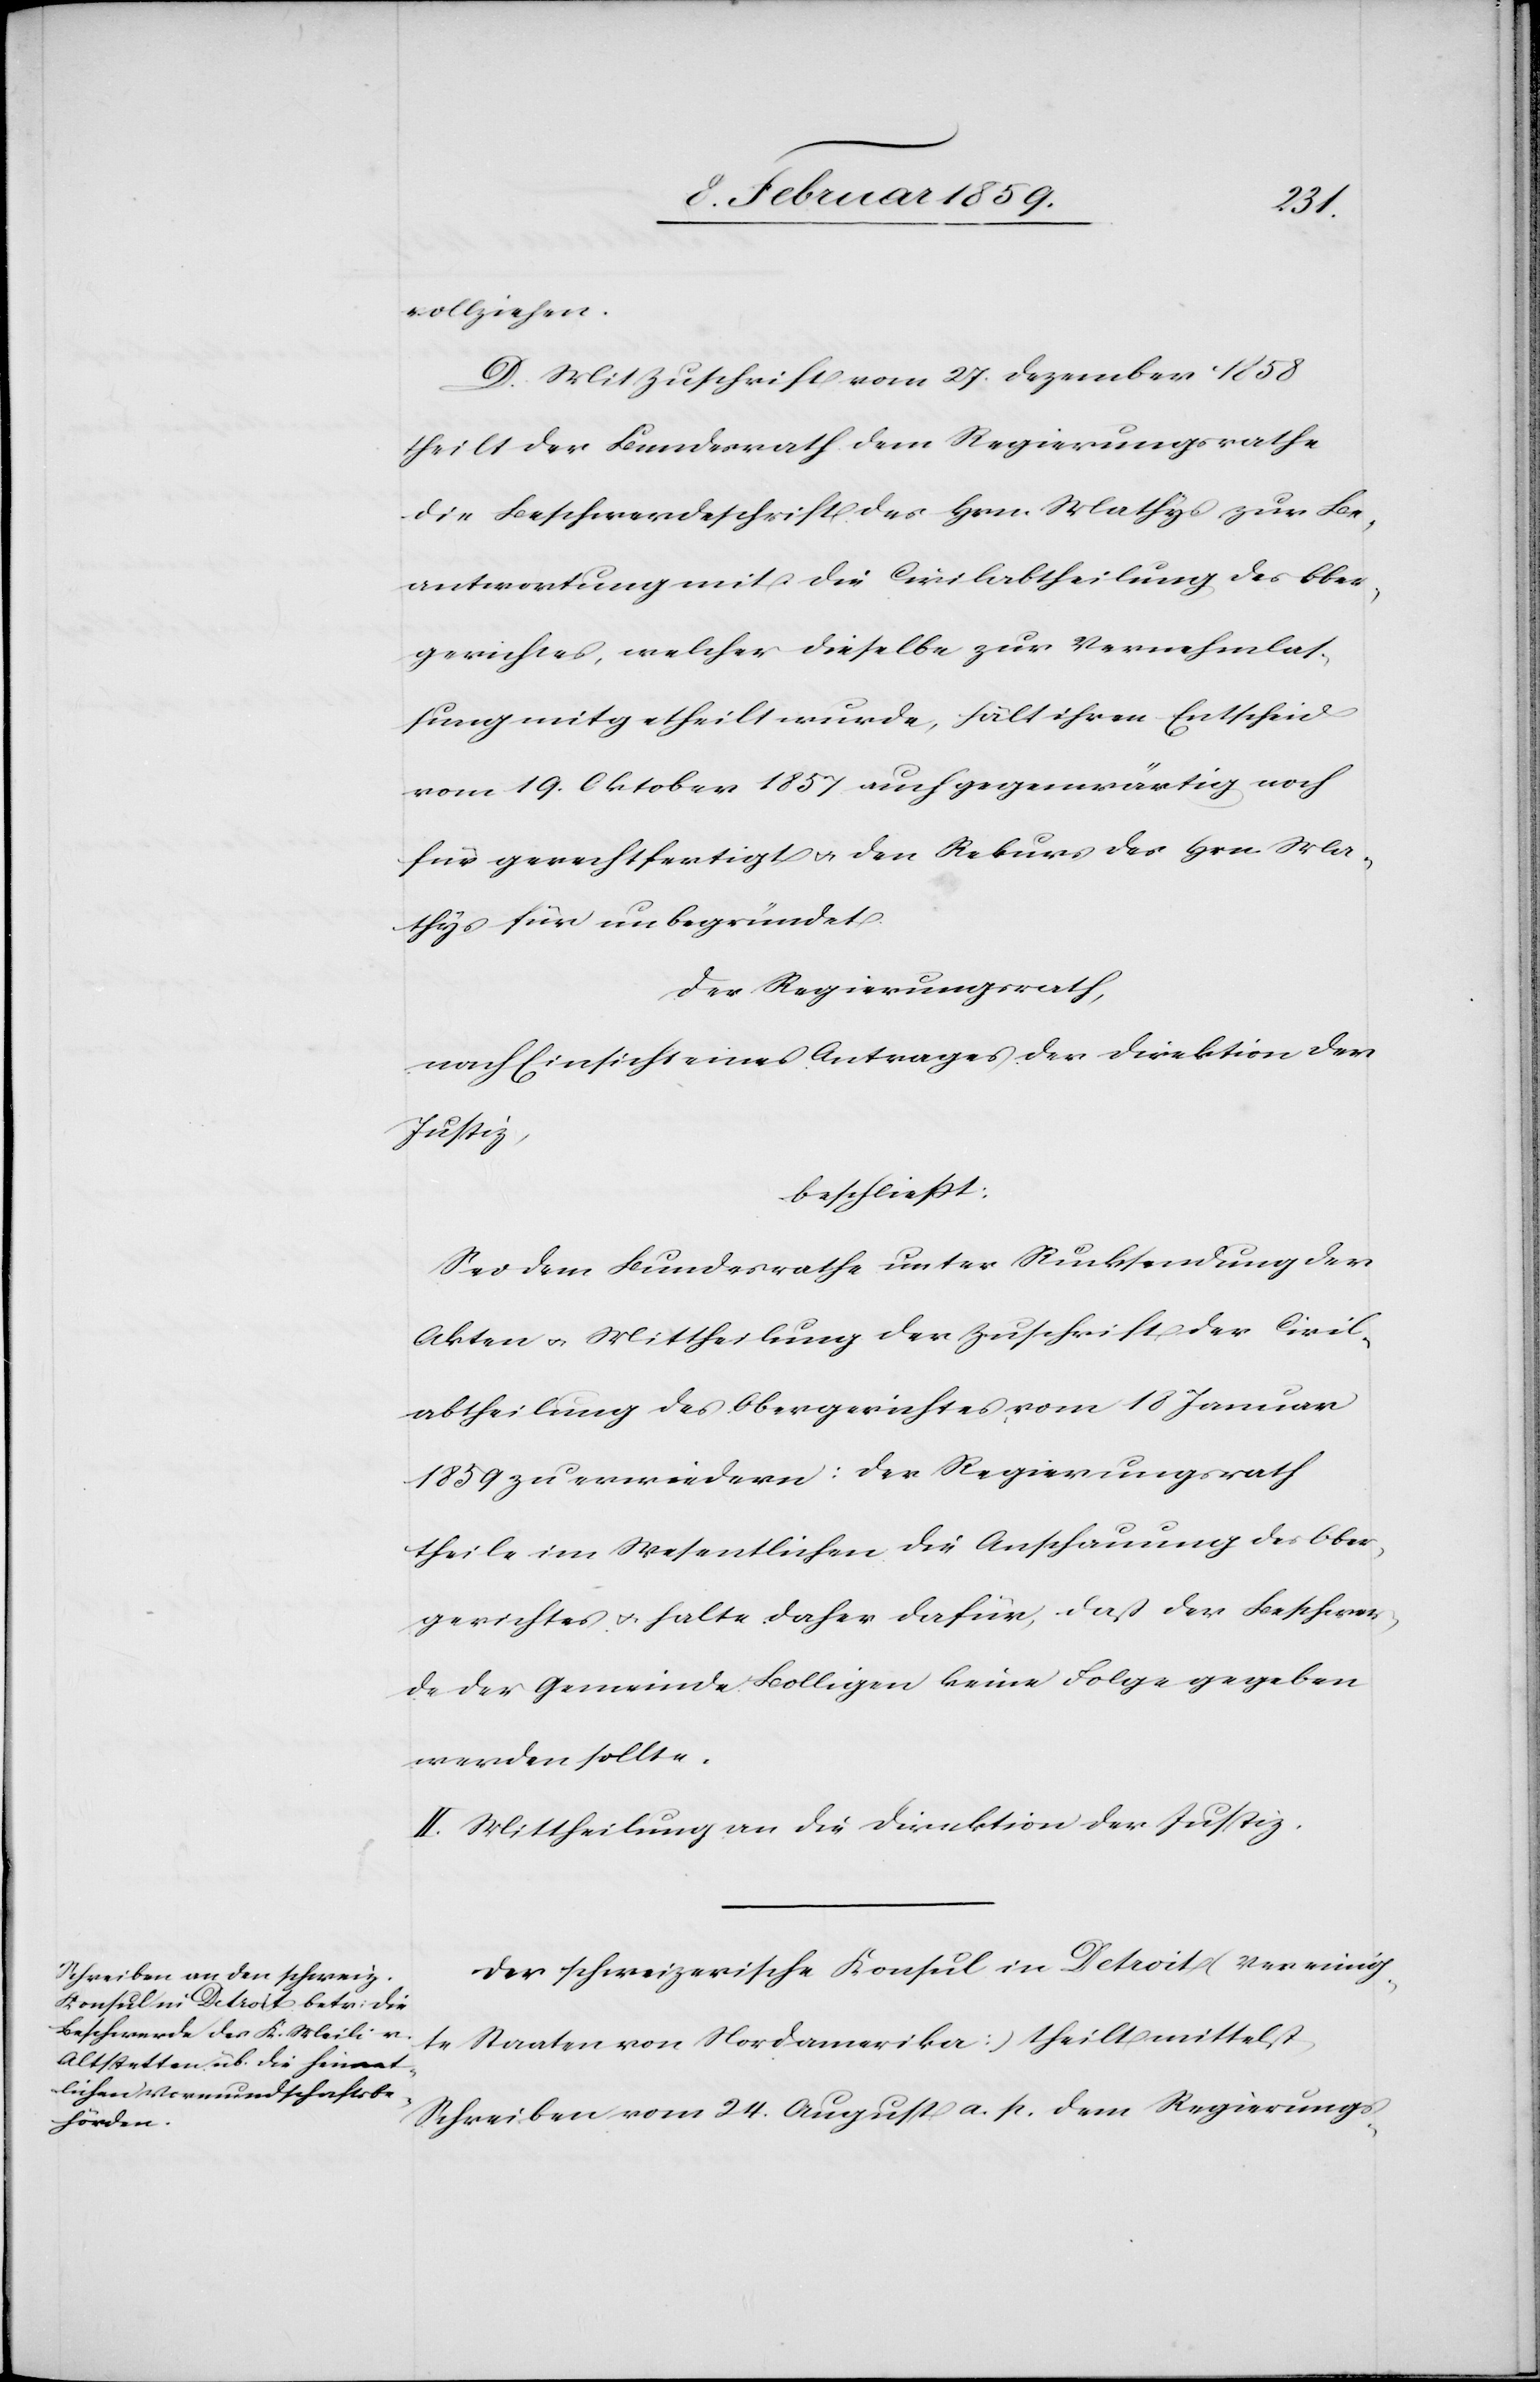
vollziehen.
D. Mit Zuschrift vom 27. Dezember 1858
theilt der Bundesrath dem Regierungsrathe
die Beschwerdeschrift des Hrn. Mathys zur Be¬
antwortung mit die Civilabtheilung des Ober¬
gerichtes, welcher dieselbe zur Vernehmlas¬
sung mitgetheilt wurde, hält ihren Entscheid
vom 19. Oktober 1857 auch gegenwärtig noch
für gerechtfertigt u. den Rekurs des Hrn. Ma¬
thys für unbegründet.
Der Regierungsrath,
nach Einsicht eines Antrages der Direktion der
Justiz,
beschließt:
Sei dem Bundesrathe unter Rücksendung der
Akten u. Mittheilung der Zuschrift der Civil¬
abtheilung des Obergerichtes vom 18 Januar
1859 zu erwiedern: der Regierungsrath
theile im Wesentlichen die Anschauung des Ober¬
gerichtes u. halte daher dafür, daß der Beschwer¬
de der Gemeinde Bolligen keine Folge gegeben
werden sollte.
II. Mittheilung an die Direktion der Justiz.
Der schweizerische Konsul in Detroit (Vereinig¬
te Staaten von Nordamerika) theilt mittelst
Schreiben vom 24. August a. p. dem Regierungs-